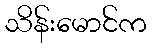
သိန်းမောင်က